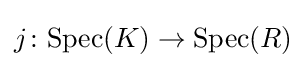
j\colon \mathrm {Spec} (K)\to \mathrm {Spec} (R)